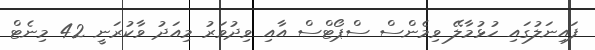
ފައިނަލުގައި ހުޅުމާލޭ ވިމެންސް ސްޕޯޓްސް އާއި ވިދުވަރު މިއަދު ވާކުރަނީ 42 މިނެޓް